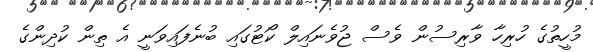
މުހީތުގެ ހުރިހާ ވާރިސުން ވެސް ޖުވެނައިލް ކޯޓުގައި ބުނެފައިވަނީ އެ ތިން ކުދިންގެ